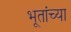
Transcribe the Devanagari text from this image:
भूतांच्या